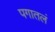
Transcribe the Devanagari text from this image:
पगातलं